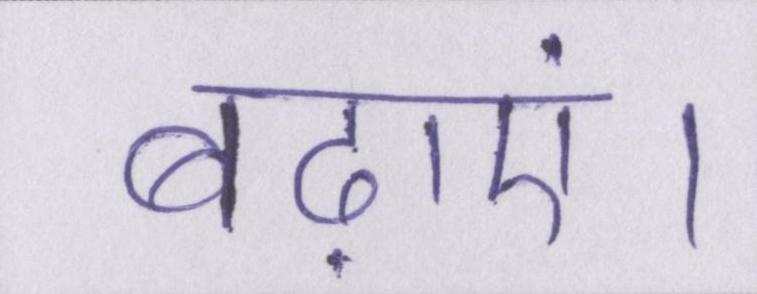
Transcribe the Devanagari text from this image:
बढ़ाएं।